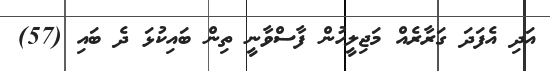
އަދި އެފަދަ ގަރާރެއް މަޖިލީހުން ފާސްވާނީ ތިން ބައިކުޅަ ދެ ބައި (57)